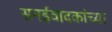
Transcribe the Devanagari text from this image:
सनईवादकांच्या